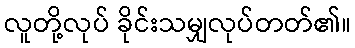
လူတို့လုပ် ခိုင်းသမျှလုပ်တတ်၏။